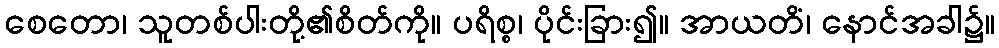
စေတော၊ သူတစ်ပါးတို့၏စိတ်ကို။ ပရိစ္စ၊ ပိုင်းခြား၍။ အာယတိံ၊ နောင်အခါ၌။